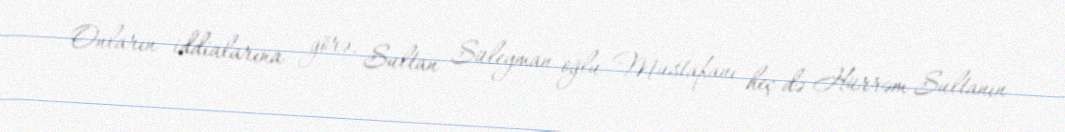
Onların iddialarına görə, Sultan Süleyman oğlu Mustafanı heç də Hürrəm Sultanın